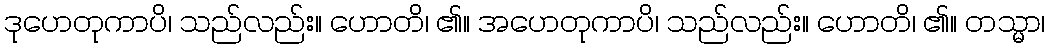
ဒုဟေတုကာပိ၊ သည်လည်း။ ဟောတိ၊ ၏။ အဟေတုကာပိ၊ သည်လည်း။ ဟောတိ၊ ၏။ တသ္မာ၊